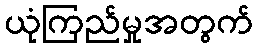
ယုံကြည်မှုအတွက်